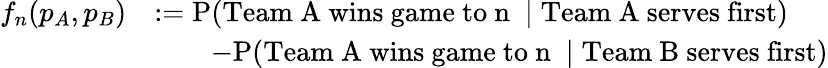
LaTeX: \begin{array}{rl}{f_{n}(p_{A},p_{B})}&{:=\mathrm{P}(\mathrm{\textnormal{Team~A~wins~game~to}~n~}\mid\mathrm{\textnormal{Team~A~serves~first}})}\\ &{\qquad-\mathrm{P}(\mathrm{\textnormal{Team~A~wins~game~to}~n~}\mid\mathrm{\textnormal{Team~B~serves~first}})}\end{array}